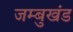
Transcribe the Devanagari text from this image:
जम्बुखंड